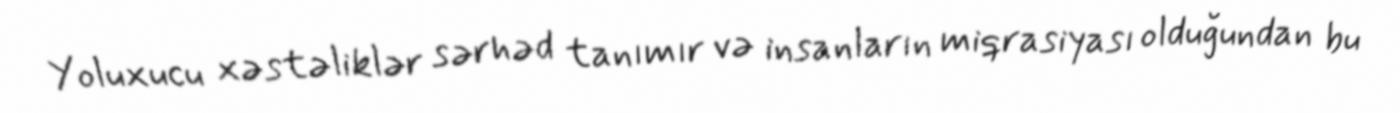
Yoluxucu xəstəliklər sərhəd tanımır və insanların miqrasiyası olduğundan bu